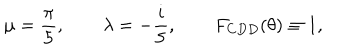
LaTeX: \mu = \frac { \pi } { 5 } , \qquad \lambda = - \frac { i } { 5 } , \qquad F _ { C D D } ( \theta ) \equiv 1 ,